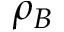
\rho _ { B }